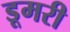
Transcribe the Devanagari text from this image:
डूमरी